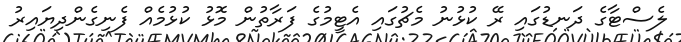
ލެސްޓާގެ ދަނޑުގައި ރޭ ކުޅުނު މެޗުގައި އެޓީމުގެ ފަރާތުން މޮޅު ކުޅުމެއް ފެނިގެންދިޔައިރު